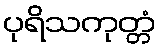
ပုရိသကုတ္တံ